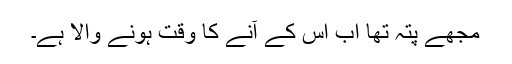
مجھے پتہ تھا اب اس کے آنے کا وقت ہونے والا ہے۔